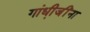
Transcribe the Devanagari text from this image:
गांधी़जींना